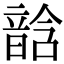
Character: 𩐧